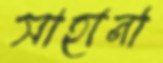
সাহানা